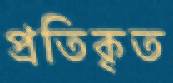
প্রতিকৃত